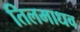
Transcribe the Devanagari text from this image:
तिलमाधव